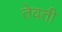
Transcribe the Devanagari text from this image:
तेवती